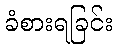
ခံစားရခြင်း